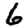
Digit: 6